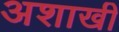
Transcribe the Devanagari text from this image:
अशाखी